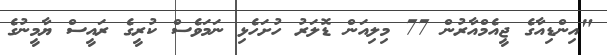
"އިންޑިއާގެ ޖީއެމްއާރުން 77 މިލިއަން ޑޮލަރު ހުށަހެޅި ނަމަވެސް ކުރީގެ ރައީސް ޔާމީނުގެ